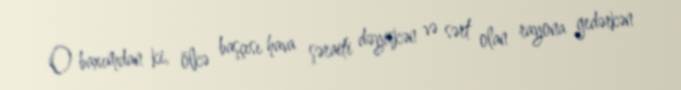
O baxımdan ki, ölkə başçısı hava şəraiti dəyişkən və sərt olan rayona gedərkən